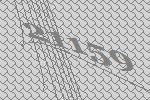
21159